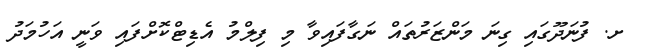
ށ. ފުނަދޫގައި ގިނަ މަންޒަރުތައް ނަގާފައިވާ މި ފިލްމު އެޑިޓްކޮށްފައި ވަނީ އަހުމަދު